Note on the mental hospitals in Burma - 1925-1940
Year: 1925
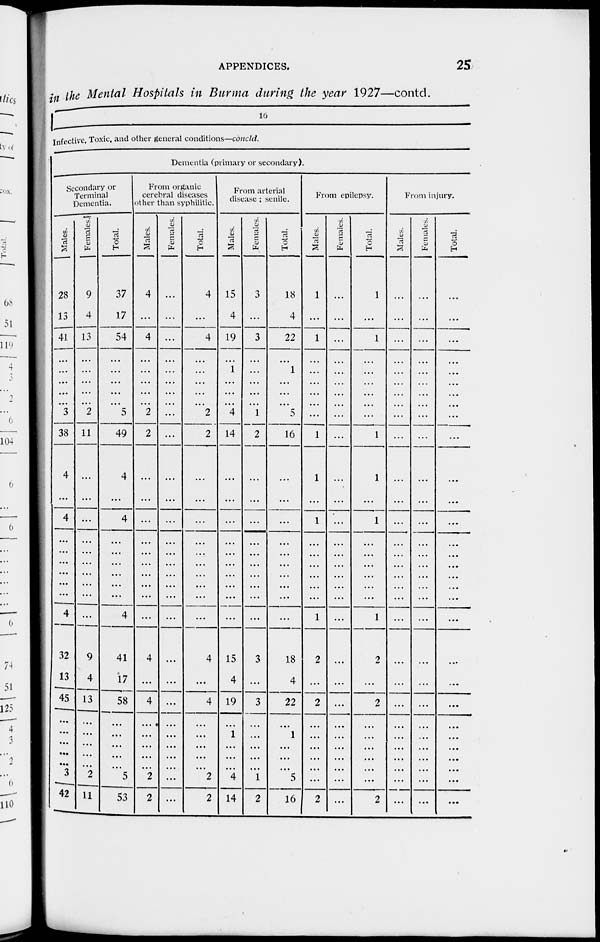
APPENDICES.
25
in the Mental Hospitals in Burma during the year 1927—contd.
16
Infective, Toxic, and other general conditions—concld.
Dementia (primary or secondary).
Secondary or
Terminal
Dementia.
Males.
28
13
41
...
...
...
...
...
3
38
4
...
4
...
...
...
...
...
...
4
32
13
45
...
...
...
...
...
3
42
Females.
9
4
13
...
...
...
...
...
2
11
...
...
...
...
...
...
...
...
...
...
9
4
13
...
...
...
...
...
2
11
Total.
37
17
54
...
...
...
...
...
5
49
4
...
4
...
...
...
...
...
...
4
41
17
58
...
...
...
...
...
5
53
From organic
cerebral diseases
other than syphilitic.
Males.
4
...
4
...
...
...
...
...
2
2
...
...
...
...
...
...
...
...
...
...
4
...
4
...
...
...
...
...
2
2
Females.
...
...
...
...
...
...
...
...
...
...
...
...
...
...
...
...
...
...
...
...
...
...
...
...
...
...
...
...
...
...
Total.
4
...
4
...
...
...
...
...
2
2
...
...
...
...
...
...
...
...
...
...
4
...
4
...
...
...
...
...
2
2
From arterial
disease ; senile.
Males.
15
4
19
...
1
...
...
...
4
14
...
...
...
...
...
...
...
...
...
...
15
4
19
...
1
...
...
...
4
14
Females.
3
...
3
...
...
...
...
...
1
2
...
...
...
...
...
...
...
...
...
...
3
...
3
...
...
...
...
..
1
2
Total.
18
4
22
...
1
...
...
...
5
16
...
...
...
...
...
...
...
...
...
...
18
4
22
...
1
...
...
...
5
16
From epilepsy.
Males.
1
...
1
...
...
...
...
...
...
1
1
...
1
...
...
...
...
...
...
1
2
...
2
...
...
...
...
...
...
2
Females.
...
...
...
...
...
...
...
...
...
...
...
...
...
...
...
...
...
...
...
...
...
...
...
...
...
...
...
...
...
...
Total.
1
...
1
...
...
...
...
...
...
1
1
...
1
...
...
...
...
...
...
1
2
...
2
...
...
...
...
...
...
2
From injury.
Males.
...
...
...
...
...
...
...
...
...
...
...
...
...
...
...
...
...
...
...
...
...
...
...
...
...
...
...
...
...
...
Females.
...
...
...
...
...
...
...
...
...
...
...
...
...
...
...
...
...
...
...
...
...
...
...
...
...
...
...
...
...
...
Total.
...
...
...
...
...
...
...
...
...
...
...
...
...
...
...
...
...
...
...
...
...
...
...
...
...
...
...
...
...
...